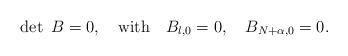
LaTeX: \begin{align*}\det ~ B=0,\quad {\rm with}\quad B_{l,0}=0,\quad B_{N+\alpha,0}=0.\end{align*}